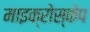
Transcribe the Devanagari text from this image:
माइक्रोस्केप